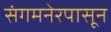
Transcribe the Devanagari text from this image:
संगमनेरपासून